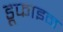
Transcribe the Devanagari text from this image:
डूफाइन